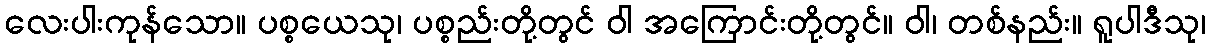
လေးပါးကုန်သော။ ပစ္စယေသု၊ ပစ္စည်းတို့တွင် ဝါ အကြောင်းတို့တွင်။ ဝါ၊ တစ်နည်း။ ရူပါဒီသု၊